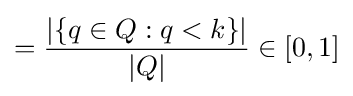
={\frac {|\{q\in Q:q<k\}|}{|Q|}}\in [0,1]